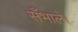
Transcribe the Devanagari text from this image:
सँभाले।